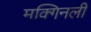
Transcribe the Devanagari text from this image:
मक्गिनली